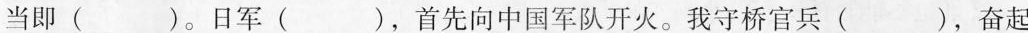
当即()。日军()，首先向中国军队开火。我守桥官兵()，奋起